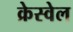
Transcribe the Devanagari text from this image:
क्रेस्वेल